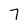
Character: 7